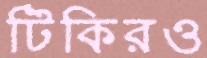
টিকিরও